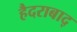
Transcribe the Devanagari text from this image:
हैदराबाद्